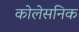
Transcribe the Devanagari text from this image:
कोलेसनिक